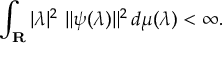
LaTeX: \int _ { \mathbf { R } } | \lambda | ^ { 2 } \ \| \psi ( \lambda ) \| ^ { 2 } \, d \mu ( \lambda ) < \infty .